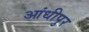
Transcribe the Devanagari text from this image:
आंधीपुर